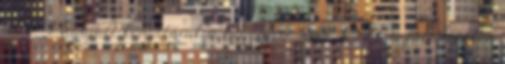
419 Megújult könyvtárak a megyében 269 KSZR a falunapokon